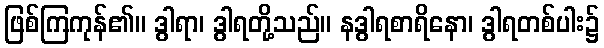
ဖြစ်ကြကုန်၏။ ဒွါရာ၊ ဒွါရတို့သည်။ နဒွါရစာရိနော၊ ဒွါရတစ်ပါး၌